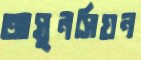
আসুনসিয়ন